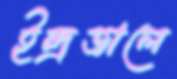
ইন্দ্রজালে